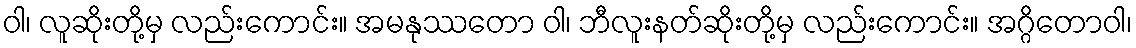
ဝါ၊ လူဆိုးတို့မှ လည်းကောင်း။ အမနုဿတော ဝါ၊ ဘီလူးနတ်ဆိုးတို့မှ လည်းကောင်း။ အဂ္ဂိတောဝါ၊